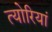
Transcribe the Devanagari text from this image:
त्योरियां